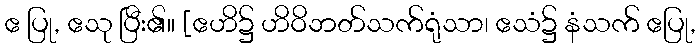
ဧ ပြု, ဧသု ပြီး၏။ [ဧဟိ၌ ဟိဝိဘတ်သက်ရုံသာ၊ ဧသံ၌ နံသက် ဧပြု,